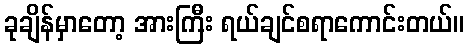
ခုချိန်မှာတော့ အားကြီး ရယ်ချင်စရာကောင်းတယ်။